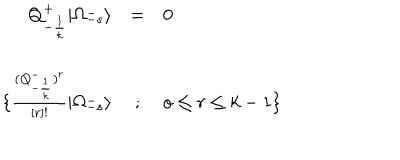
\begin{array} { r c l } { { { \bf { Q } } _ { - { \frac { 1 } { k } } } ^ { + } \vert \Omega _ { - s } ^ { - } \rangle } } & { { = } } & { { 0 } } \\ { { \{ { \frac { ( { \bf { Q } } _ { - { \frac { 1 } { k } } } ^ { - } ) ^ { r } } { [ r ] ! } } \vert \Omega _ { - s } ^ { - } \rangle } } & { { ; } } & { { o \le r \le k - 1 \} } } \\ \end{array}